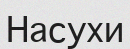
Насухи